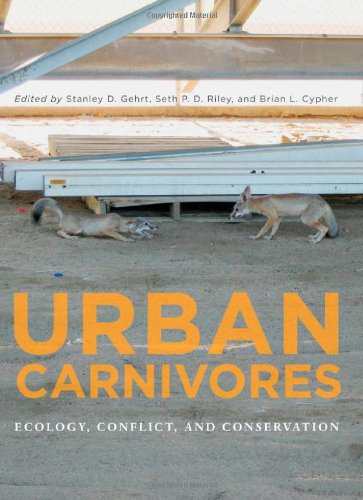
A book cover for Urban Carnivores: Ecology, Conflict, and Conservation; Business & Money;